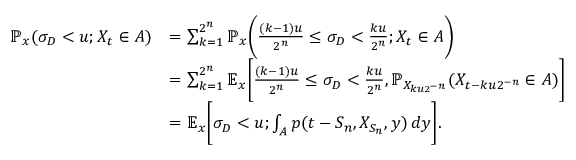
\begin{array} { r l } { \ensuremath { \mathbb { P } } _ { x } ( \sigma _ { D } < u ; X _ { t } \in A ) } & { = \sum _ { k = 1 } ^ { 2 ^ { n } } \ensuremath { \mathbb { P } } _ { x } \bigg ( \frac { ( k - 1 ) u } { 2 ^ { n } } \leq \sigma _ { D } < \frac { k u } { 2 ^ { n } } ; X _ { t } \in A \bigg ) } \\ & { = \sum _ { k = 1 } ^ { 2 ^ { n } } \ensuremath { \mathbb { E } } _ { x } \bigg [ \frac { ( k - 1 ) u } { 2 ^ { n } } \leq \sigma _ { D } < \frac { k u } { 2 ^ { n } } , \ensuremath { \mathbb { P } } _ { X _ { k u 2 ^ { - n } } } ( X _ { t - k u 2 ^ { - n } } \in A ) \bigg ] } \\ & { = \ensuremath { \mathbb { E } } _ { x } \bigg [ \sigma _ { D } < u ; \int _ { A } p ( t - S _ { n } , X _ { S _ { n } } , y ) \, d y \bigg ] . } \end{array}